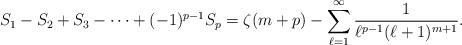
LaTeX: \begin{align*}S_1-S_2+S_3-\cdots+(-1)^{p-1}S_p=\zeta(m+p)-\sum_{\ell=1}^{\infty}\frac{1}{\ell^{p-1}(\ell+1)^{m+1}}.\end{align*}